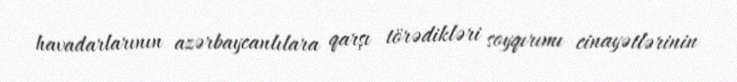
havadarlarının azərbaycanlılara qarşı törədikləri soyqırımı cinayətlərinin